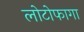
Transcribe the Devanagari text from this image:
लोटोफागा